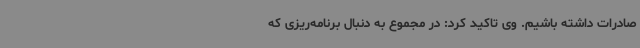
صادرات داشته باشیم. وی تاکید کرد: در مجموع به دنبال برنامه‌ریزی که